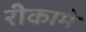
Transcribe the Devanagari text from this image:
रीकामे